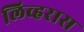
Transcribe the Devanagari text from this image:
लिव्हरास